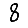
Digit: 8